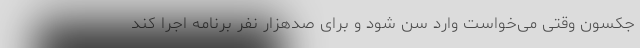
جکسون وقتی می‌خواست وارد سن شود و برای صدهزار نفر برنامه اجرا کند